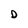
Character: D